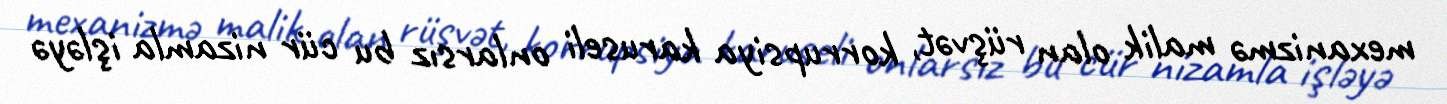
mexanizmə malik olan rüşvət, korrupsiya karuseli onlarsız bu cür nizamla işləyə